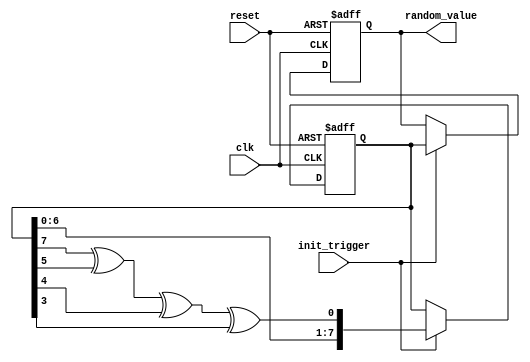
module RandomInit #(
    parameter WIDTH = 8,            // Width of the random output
    parameter SEED = 8'hA5          // Default seed value
)(
    input wire clk,                 // Clock signal
    input wire reset,               // Reset signal
    input wire init_trigger,        // Trigger for initialization
    output reg [WIDTH-1:0] random_value // Generated random value
);

    reg [WIDTH-1:0] lfsr;           // LFSR state

    // LFSR feedback polynomial (example for 8-bit LFSR: x^8 + x^6 + x^5 + x^4 + 1)
    wire feedback = lfsr[7] ^ lfsr[5] ^ lfsr[4] ^ lfsr[3];

    // Initialization process
    always @(posedge clk or posedge reset) begin
        if (reset) begin
            lfsr <= SEED;            // Initialize LFSR with seed
            random_value <= 0;       // Clear random value
        end else if (init_trigger) begin
            lfsr <= {lfsr[WIDTH-2:0], feedback}; // Shift and feedback
            random_value <= lfsr;    // Update random value output
        end
    end

endmodule